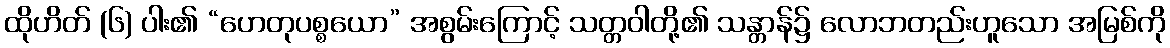
ထိုဟိတ် (၆) ပါး၏ “ဟေတုပစ္စယော” အစွမ်းကြောင့် သတ္တဝါတို့၏ သန္တာန်၌ လောဘတည်းဟူသော အမြစ်ကို